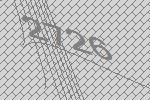
2726